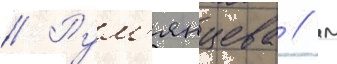
// Рум'янцева / м